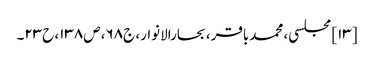
[۱۳] مجلسی، محمدباقر، بحارالانوار، ج۶۸، ص۱۳۸، ح۲۳۔